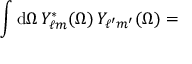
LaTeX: \int \mathrm { d } \Omega \, { \cal Y } _ { \ell m } ^ { \ast } ( \Omega ) \, { \cal Y } _ { \ell ^ { \prime } m ^ { \prime } } ( \Omega ) =